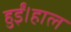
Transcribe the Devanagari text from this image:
हुईं।हाल